Leaving Certificate, 1901
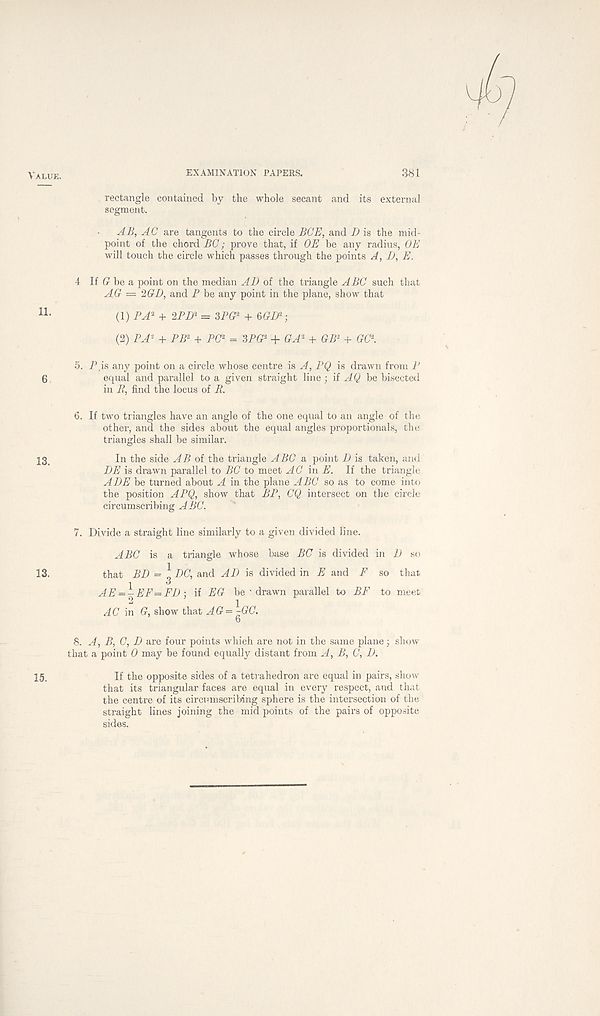
Value.
EXAMINATION PAPERS.
381
rectangle contained by the whole secant and its external
segment.
AB, AC are tangents to the circle BCE, and D is the mid-
point of the chord BC; prove that, if OE be any radius, OE
will touch the circle which passes through the points A, D, E.
4 If G be a point on the median Al) of the triangle ABC such that
AG = 2GE, and P be any point in the plane, show that
11 •
(1) PA 2 + 2PD 2 = 3PG 2 + 6GD 2 -,
(2) PA 2 + PB 2 + PC 2 = 3PG 2 + GA 2 + GB 1 + GC 2 .
5. P.is any point on a circle whose centre is A, PQ is drawn from P
6
equal and parallel to a given straight line ; if AQ be bisected
in R, find the locus of R.
6. If two triangles have an angle of the one equal to an angle of the
other, and the sides about the equal angles proportionals, the
triangles shall be similar.
13
In the side AB oi the triangle ABC a point D is taken, and
DE is drawn parallel to BC to meet AC in E. If the triangle
ADE be turned about A in the plane ABC so as to come into
the position APQ, show that BP, CQ intersect on the circle
circumscribing ABC.
7. Divide a straight line similarly to a given divided line.
ABC is a triangle whose base BC is divided in 1) so
13.
that BD = \ DC, and AD is divided in E and F so that.
1
^
AE = - EF=FD; if EG be • drawn parallel to BF to meet
2
1
AC in G, show that AG=-GC. 6
8. A, B, C, D are four points which are not in the same plane • show
that a point 0 may be found equally distant from A, B, C, D.
15
If the opposite sides of a tetrahedron are equal in pairs, show
that its triangular faces are equal in every respect, and that
the centre of its circumscribing sphere is the intersection of the
straight lines joining the mid points of the pairs of opposite
sides.